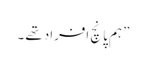
” ہم پانچ افراد تھے ۔